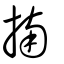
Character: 揇